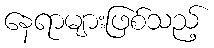
နေရာများဖြစ်သည့်